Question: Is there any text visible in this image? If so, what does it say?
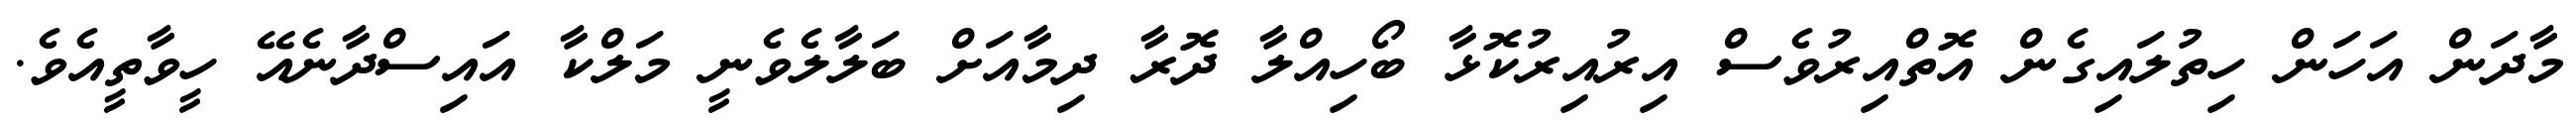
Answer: މާދަން އަހަން ހިތުލައިގެން އޮތްއިރުވެސް އިރުއިރުކޮޅާ ބޯހިއްލާ ދޮރާ ދިމާއަށް ބަލާލެވެނީ މަލްކާ އައިސްދާނެއޭ ހީވާތީއެވެ.